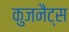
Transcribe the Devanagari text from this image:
कुजनैट्स